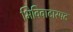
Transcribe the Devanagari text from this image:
भिविवादास्पद